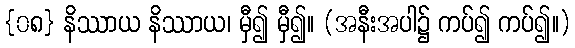
{၀၈} နိဿာယ နိဿာယ၊ မှီ၍ မှီ၍။ (အနီးအပါ၌ ကပ်၍ ကပ်၍။)